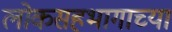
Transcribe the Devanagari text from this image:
लोकसहभागाच्या